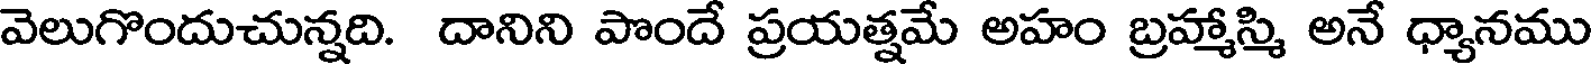
వెలుగొందుచున్నది. దానిని పొందే ప్రయత్నమే అహం బ్రహ్మాస్మి అనే ధ్యానము